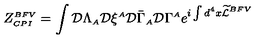
\displaystyle Z _ { \scriptscriptstyle C P I } ^ { \scriptscriptstyle B F V } = \int { \cal D } \Lambda _ { \scriptscriptstyle A } { \cal D } \xi ^ { \scriptscriptstyle A } { \cal D } \bar { \Gamma } _ { \scriptscriptstyle A } { \cal D } \Gamma ^ { \scriptscriptstyle A } e ^ { i \int d ^ { 4 } x \widetilde { \cal L } ^ { \scriptscriptstyle B F V } }